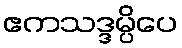
ဧကသဒ္ဒမ္ပိပေ